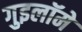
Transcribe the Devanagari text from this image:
गुइलॉमे